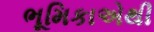
ભૂમિકાએથી